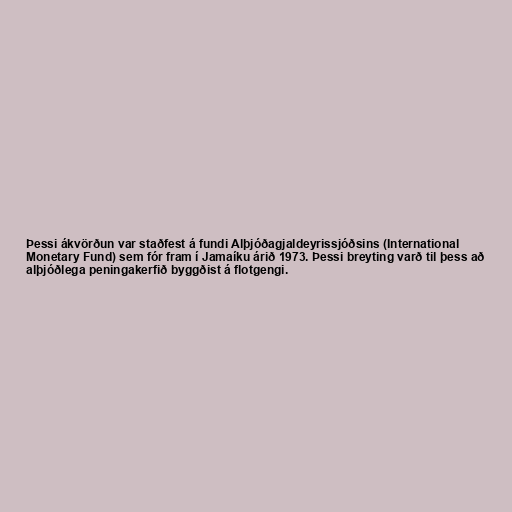
Þessi ákvörðun var staðfest á fundi Alþjóðagjaldeyrissjóðsins (International
Monetary Fund) sem fór fram í Jamaíku árið 1973. Þessi breyting varð til þess að
alþjóðlega peningakerfið byggðist á flotgengi.